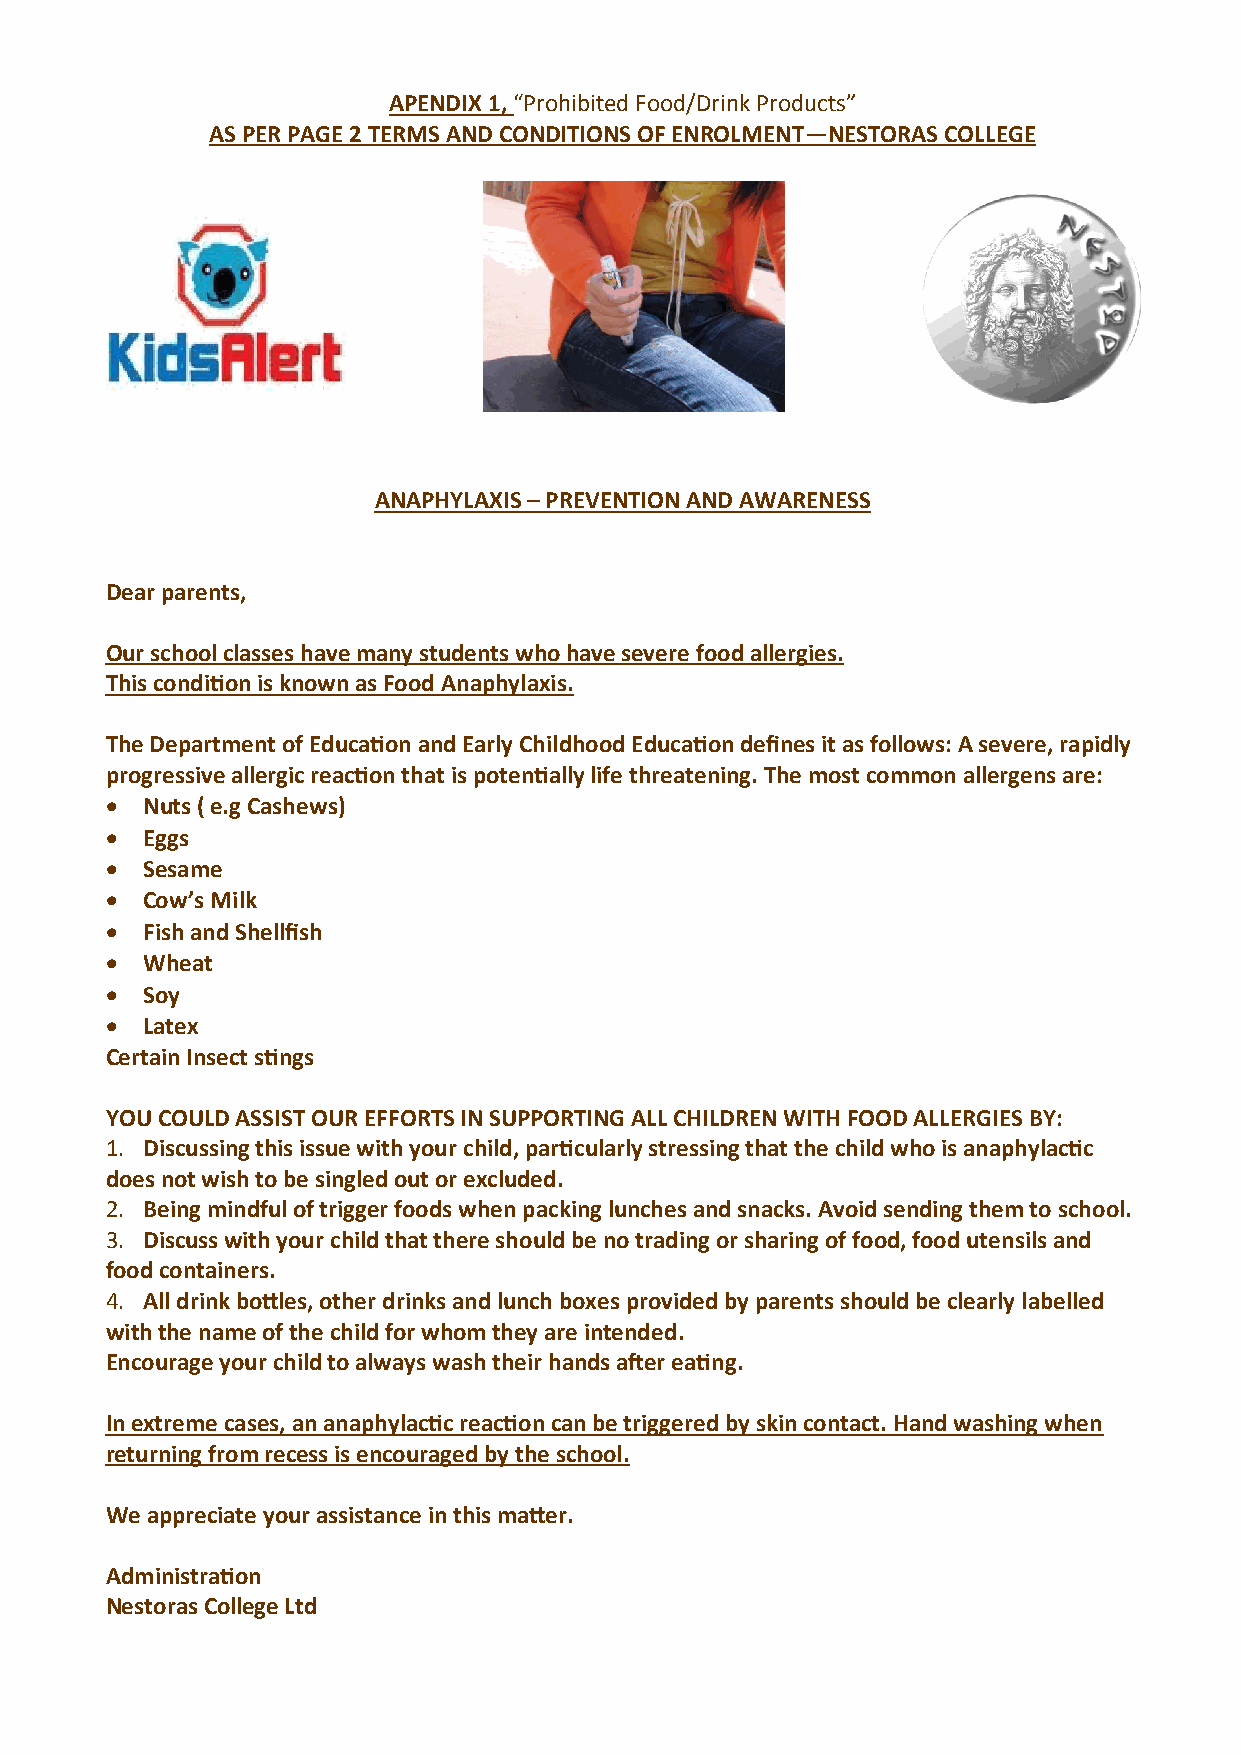
APENDIX 1, “Prohibited Food/Drink Products”
 AS PER PAGE 2 TERMS AND CONDITIONS OF ENROLMENT—NESTORAS COLLEGE
 ANAPHYLAXIS – PREVENTION AND AWARENESS
 Dear parents,
 Our school classes have many students who have severe food allergies.
 This condition is known as Food Anaphylaxis.
 The Department of Education and Early Childhood Education defines it as follows: A severe, rapidly
 progressive allergic reaction that is potentially life threatening. The most common allergens are:
 • Νuts ( e.g Cashews)
 • Eggs
 • Sesame
 • Cow’s Milk
 • Fish and Shellfish
 • Wheat
 • Soy
 • Latex
 Certain Insect stings
 YOU COULD ASSIST OUR EFFORTS IN SUPPORTING ALL CHILDREN WITH FOOD ALLERGIES BY:
 1. Discussing this issue with your child, particularly stressing that the child who is anaphylactic
 does not wish to be singled out or excluded.
 2. Being mindful of trigger foods when packing lunches and snacks. Avoid sending them to school.
 3. Discuss with your child that there should be no trading or sharing of food, food utensils and
 food containers.
 4. All drink bottles, other drinks and lunch boxes provided by parents should be clearly labelled
 with the name of the child for whom they are intended.
 Encourage your child to always wash their hands after eating.
 In extreme cases, an anaphylactic reaction can be triggered by skin contact. Hand washing when
 returning from recess is encouraged by the school.
 We appreciate your assistance in this matter.
 Administration
 Nestoras College Ltd